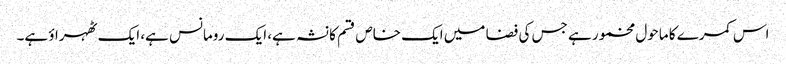
اس کمرے کا ماحول مخمور ہے جس کی فضا میں ایک خاص قسم کا نشہ ہے، ایک رومانس ہے، ایک ٹھہراؤ ہے۔